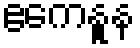
ဧကေနူန